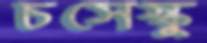
চসেস্কু